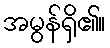
အမွန်ရှိ၏။